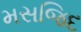
મસજિદ